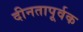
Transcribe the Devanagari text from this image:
दीनतापूर्वक